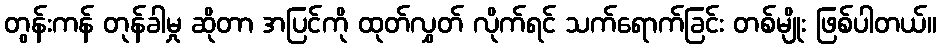
တွန်းကန် တုန်ခါမှု ဆိုတာ အပြင်ကို ထုတ်လွှတ် လိုက်ရင် သက်ရောက်ခြင်း တစ်မျိုး ဖြစ်ပါတယ်။